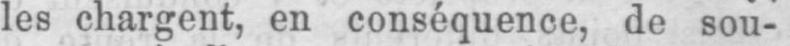
les chargent, en conséquence, de sou-